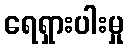
ရေရှားပါးမှု